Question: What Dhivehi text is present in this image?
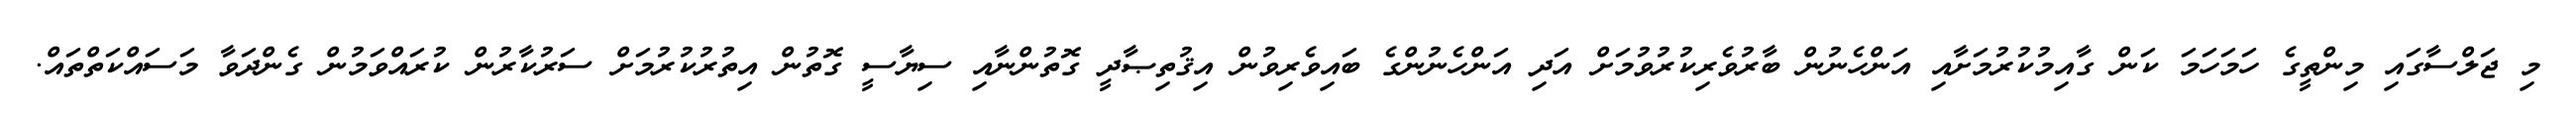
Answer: މި ޖަލްސާގައި މިންތީގެ ހަމަހަމަ ކަން ގާއިމުކުރުމަށާއި އަންހެނުން ބާރުވެރިކުރުވުމަށް އަދި އަންހެނުންގެ ބައިވެރިވުން އިޤުތިޞާދީ ގޮތުންނާއި ސިޔާސީ ގޮތުން އިތުރުކުރުމަށް ސަރުކާރުން ކުރައްވަމުން ގެންދަވާ މަސައްކަތްތައް.